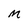
Character: M